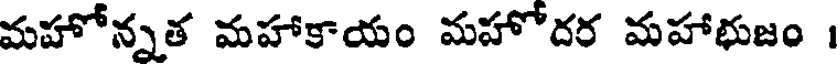
మహోన్నత మహాకాయం మహోదర మహాభుజం ।